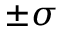
\pm \sigma